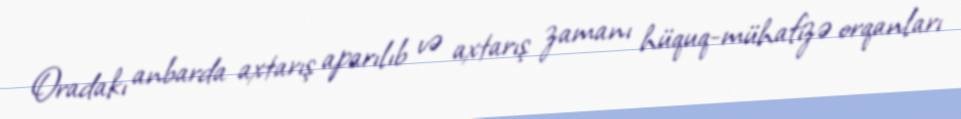
Oradakı anbarda axtarış aparılıb və axtarış zamanı hüquq-mühafizə orqanları